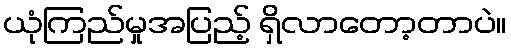
ယုံကြည်မှုအပြည့် ရှိလာတော့တာပဲ။